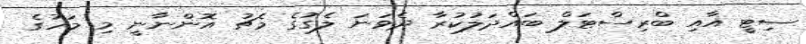
ސިޓީ އާއި ބްރިސްޓަލް ބައްދަލުކުރާ ދެވަނަ ލެގުގެ މެޗު އޮންނާނީ މި މަހުގެ